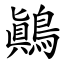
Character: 鷆